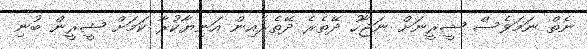
ނެތް ނަމަވެސް ޝީރީނަށް ނަޖާހު ދޭތެރެ ދޭތެރެއިން އަނިޔާކުރާ ކަމަށް ޝީރީން ބުނި